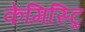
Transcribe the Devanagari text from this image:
केमिस्ट्रि